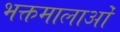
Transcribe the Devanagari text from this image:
भक्तमालाओं